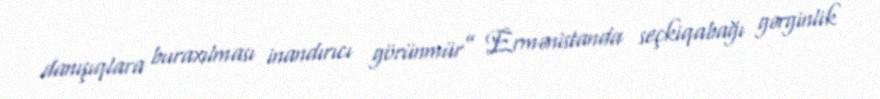
danışıqlara buraxılması inandırıcı görünmür” Ermənistanda seçkiqabağı gərginlik